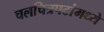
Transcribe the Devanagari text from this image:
चलचित्रपटांमध्ये